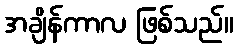
အချိန်ကာလ ဖြစ်သည်။